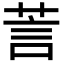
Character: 䓂